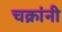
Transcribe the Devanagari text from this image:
चक्रांनी